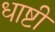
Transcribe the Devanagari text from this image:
धाष्टी